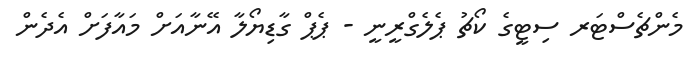
މެންޗެސްޓަރ ސިޓީގެ ކޯޗު ޕެލެގްރީނީ - ޕެޕް ގާޑިޔޯލާ އޭނާއަށް މައާފަށް އެދެން